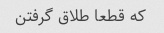
که قطعا طلاق گرفتن